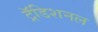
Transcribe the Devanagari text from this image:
ट्रॅडिशनल